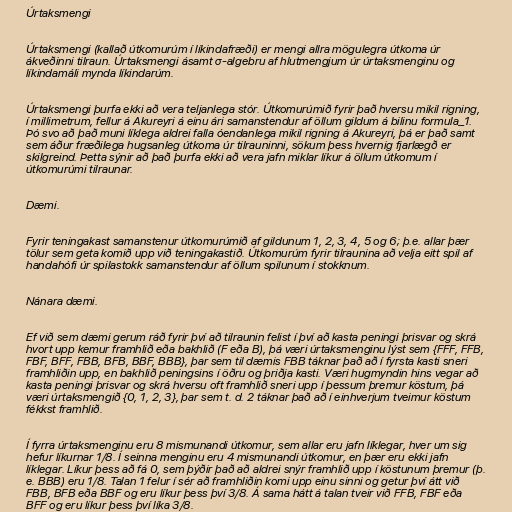
Úrtaksmengi

Úrtaksmengi (kallað útkomurúm í líkindafræði) er mengi allra mögulegra útkoma úr
ákveðinni tilraun. Úrtaksmengi ásamt σ-algebru af hlutmengjum úr úrtaksmenginu og
líkindamáli mynda líkindarúm.

Úrtaksmengi þurfa ekki að vera teljanlega stór. Útkomurúmið fyrir það hversu mikil rigning,
í millimetrum, fellur á Akureyri á einu ári samanstendur af öllum gildum á bilinu formula_1.
Þó svo að það muni líklega aldrei falla óendanlega mikil rigning á Akureyri, þá er það samt
sem áður fræðilega hugsanleg útkoma úr tilrauninni, sökum þess hvernig fjarlægð er
skilgreind. Þetta sýnir að það þurfa ekki að vera jafn miklar líkur á öllum útkomum í
útkomurúmi tilraunar.

Dæmi.

Fyrir teningakast samanstenur útkomurúmið af gildunum 1, 2, 3, 4, 5 og 6; þ.e. allar þær
tölur sem geta komið upp við teningakastið. Útkomurúm fyrir tilraunina að velja eitt spil af
handahófi úr spilastokk samanstendur af öllum spilunum í stokknum.

Nánara dæmi.

Ef við sem dæmi gerum ráð fyrir því að tilraunin felist í því að kasta peningi þrisvar og skrá
hvort upp kemur framhlið eða bakhlið (F eða B), þá væri úrtaksmenginu lýst sem {FFF, FFB,
FBF, BFF, FBB, BFB, BBF, BBB}, þar sem til dæmis FBB táknar það að í fyrsta kasti sneri
framhliðin upp, en bakhlið peningsins í öðru og þriðja kasti. Væri hugmyndin hins vegar að
kasta peningi þrisvar og skrá hversu oft framhlið sneri upp í þessum þremur köstum, þá
væri úrtaksmengið {0, 1, 2, 3}, þar sem t. d. 2 táknar það að í einhverjum tveimur köstum
fékkst framhlið.

Í fyrra úrtaksmenginu eru 8 mismunandi útkomur, sem allar eru jafn líklegar, hver um sig
hefur líkurnar 1/8. Í seinna menginu eru 4 mismunandi útkomur, en þær eru ekki jafn
líklegar. Líkur þess að fá 0, sem þýðir það að aldrei snýr framhlið upp í köstunum þremur (þ.
e. BBB) eru 1/8. Talan 1 felur í sér að framhliðin komi upp einu sinni og getur því átt við
FBB, BFB eða BBF og eru líkur þess því 3/8. Á sama hátt á talan tveir við FFB, FBF eða
BFF og eru líkur þess því líka 3/8.